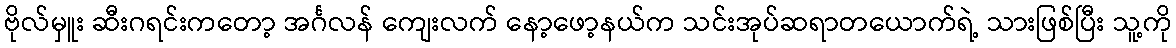
ဗိုလ်မှူး ဆီးဂရင်းကတော့ အင်္ဂလန် ကျေးလက် နော့ဖော့နယ်က သင်းအုပ်ဆရာတယောက်ရဲ့ သားဖြစ်ပြီး သူ့ကို